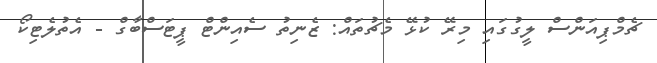
ޗެމްޕިއަންސް ލީގުގައި މިރޭ ކުޅޭ މެޗުތައް: ޒެނިތު ސެއިންޓް ޕީޓަސްބާގް - އެތުލެޓިކޯ